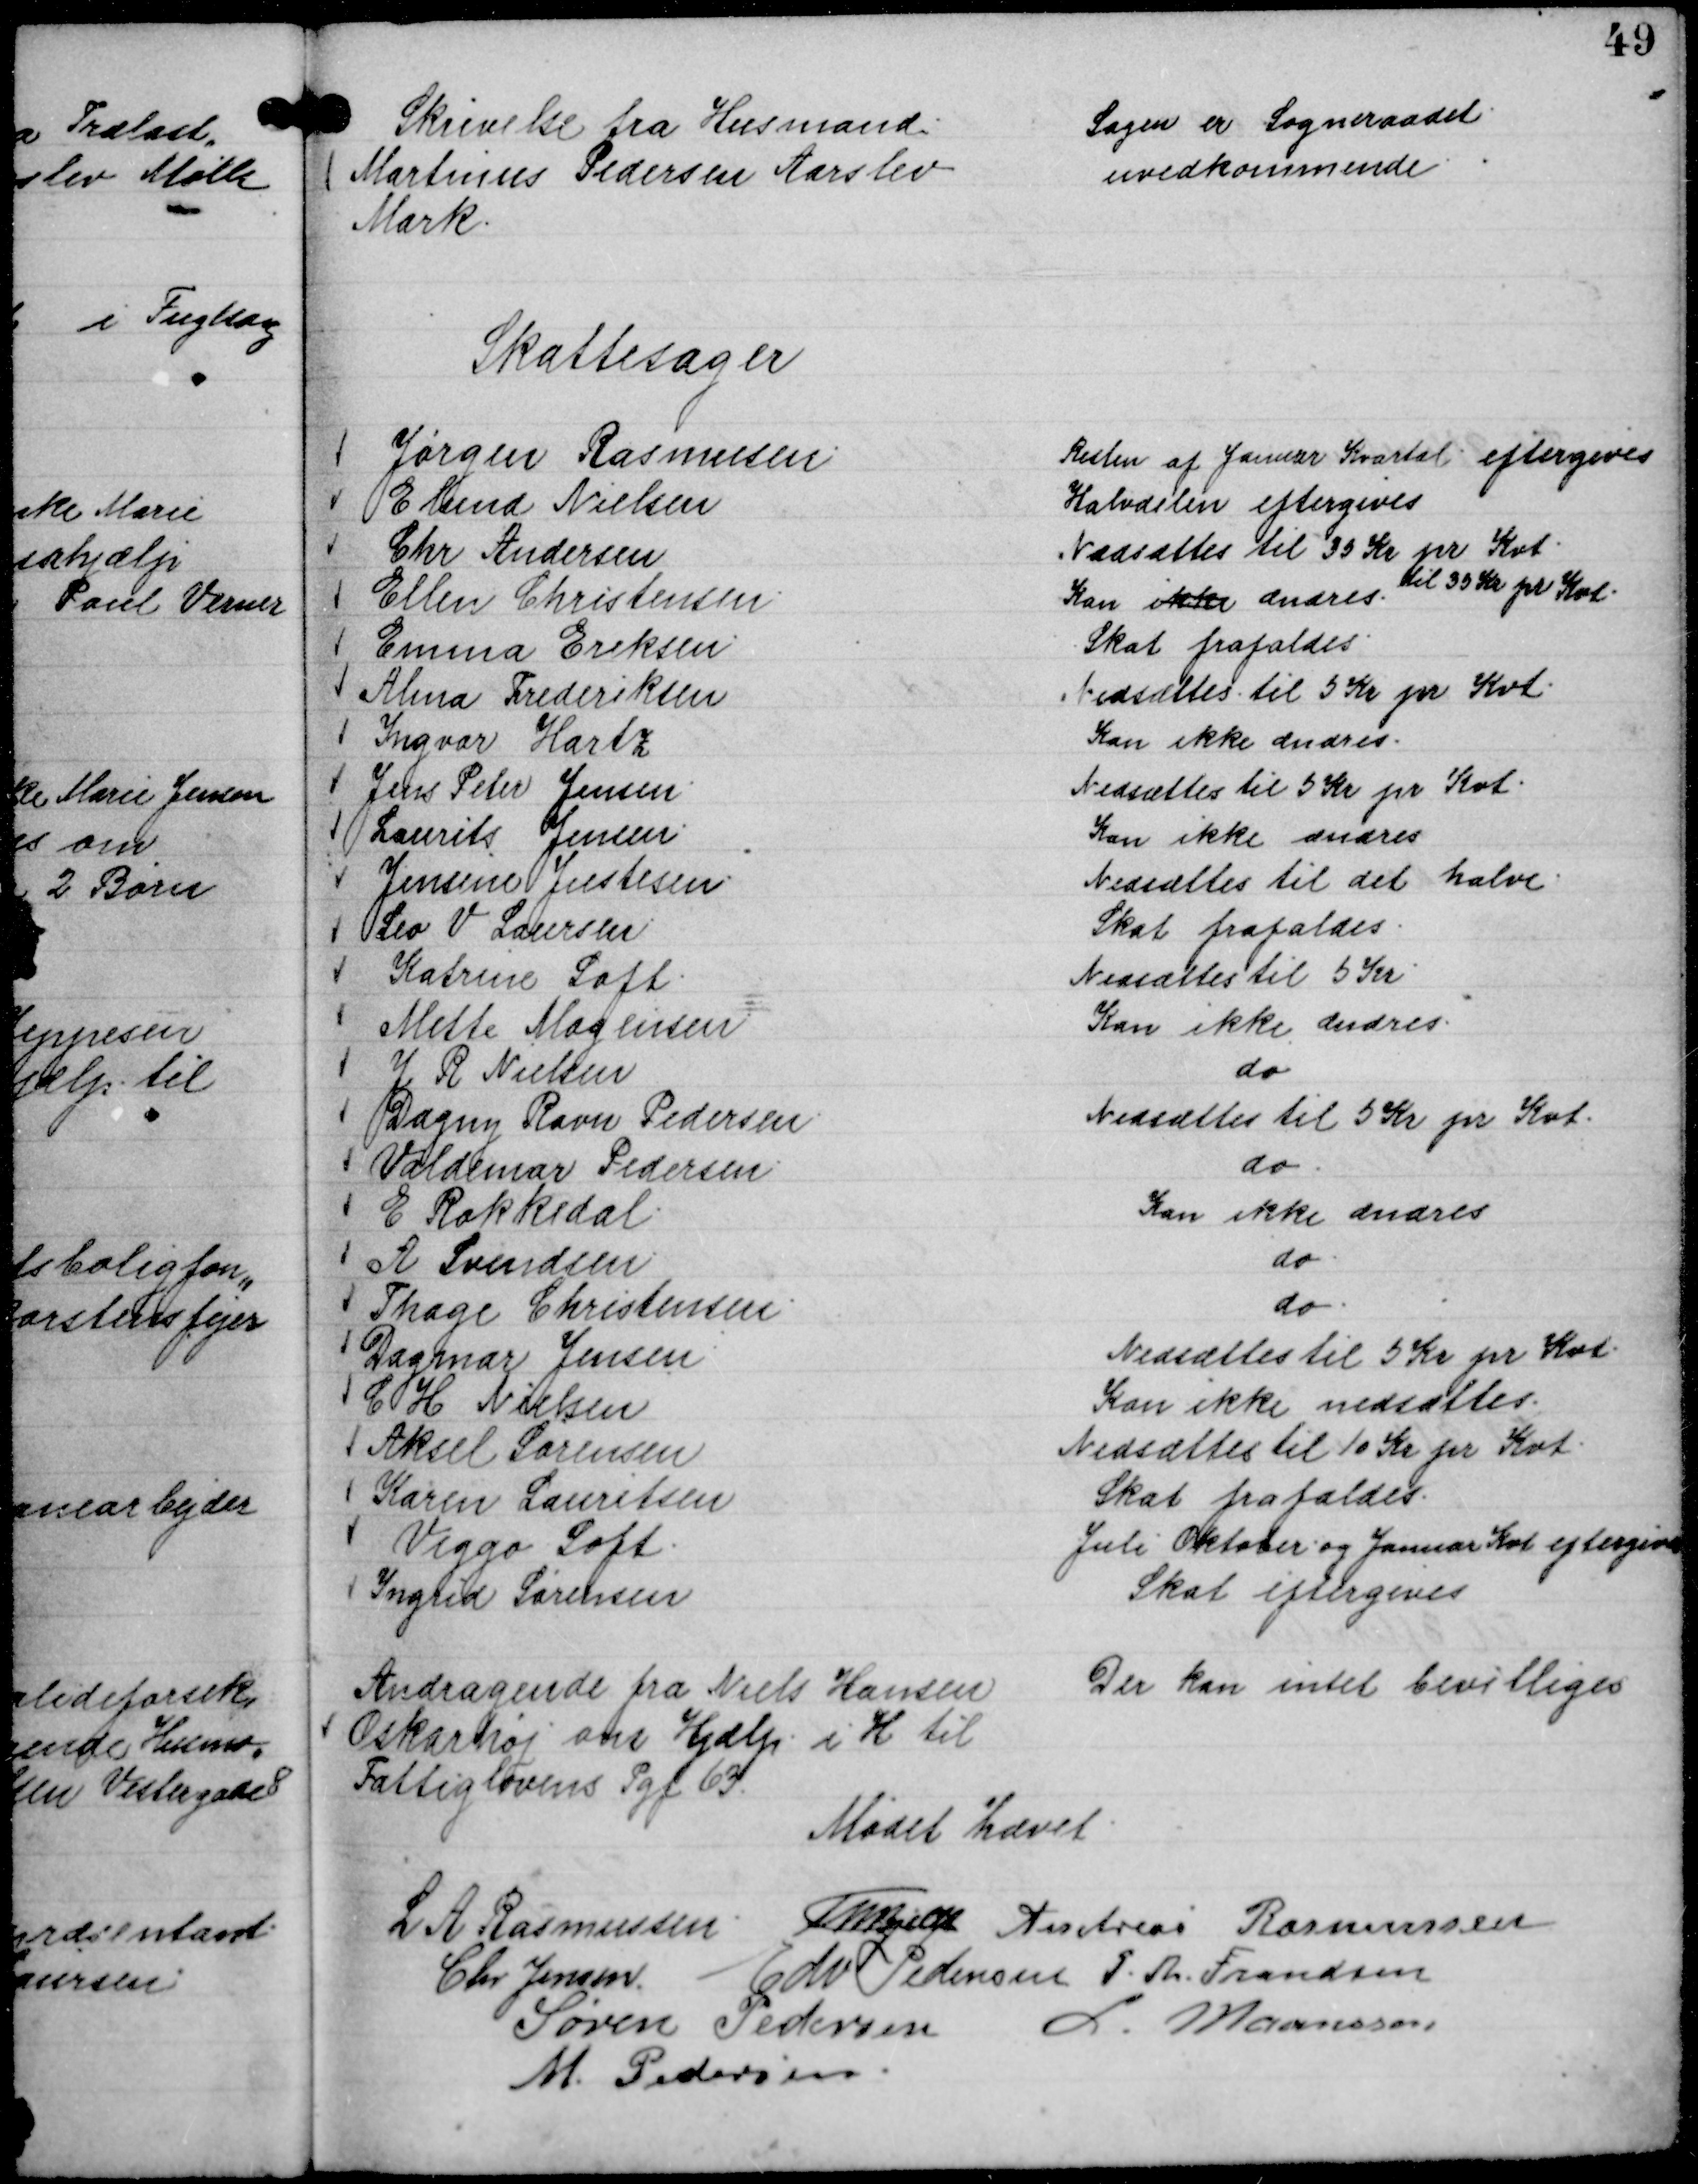
Transskription:
Skrivelse fra Husmand
Martinus Pedersen Aarslev
Mark.

Sagen er Sogneraadet
uvedkommende

Skattesager
Jørgen Rasmussen.
Resten af Januar Kvartal eftergives
E Lund Nielsen
Halvdelen eftergives
Chr Andersen
Nedsættes til 35 Kr pr Kvt.
Ellen Christensen.
Kan ikke ændres
til 35 Kr pr Kvt.
Emma Eriksen.
Skat frafaldes.
Alma Frederiksen
Nedsættes til 5 Kr pr Kvt.
Ingvar Hartz
Kan ikke ændres.
Jens Peter Jensen.
Nedsættes til 5 Kr pr Kvt.
Laurits Jensen.
Kan ikke ændres
Jensine Justesen.
Nedsættes til det halve.
Leo V Laursen
Skat frafaldes.
Katrine Loft.
Nedsættes til 5 Kr.
Mette Mogensen
Kan ikke ændres.
J R Nielsen
do
Dagny Ravn Pedersen.
Nedsættes til 5 Kr pr Kvt.
Valdemar Pedersen.
do.
E Rokkedal.
Kan ikke ændres
A Svendsen
do.
Thage Christensen.
do.
Dagmar Jensen
Nedsættes til 5 Kr pr Kvt.
C H Nielsen
Kan ikke nedsættes
Aksel Sørensen
Nedsættes til 10 Kr pr Kvt.
Karen Lauritsen
Skat frafaldes.
Viggo Loft.
Juli Oktober og Januar Kvt eftergives
Ingrid Sørensen
Skat eftergives

Andragende fra Niels Hansen
Oskarhøj om Hjælp i H til
Fattiglovens Pgf 63.

Der kan intet bevilliges

Mødet hævet.
L A Rasmussen.
Th Bjelke
Andreas Rasmussen
Chr Jensen.
Edv Pedersen
P. Th. Frandsen
Søren Pedersen
L. Maansson
M. Pedersen.